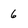
Character: 6